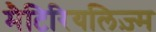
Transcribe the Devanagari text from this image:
मैटिरियलिज़्म